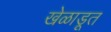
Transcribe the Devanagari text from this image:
खेळाडूत